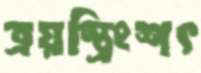
ত্রয়স্ত্রিংশৎ